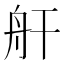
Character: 𮶗